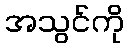
အသွင်ကို